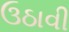
ઉઠાવી